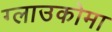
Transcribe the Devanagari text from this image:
ग्लाउकोमा